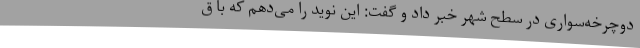
دوچرخه‌سواری در سطح شهر خبر داد و گفت: این نوید را می‌دهم که با ق